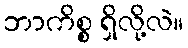
ဘာကိစ္စ ရှိလို့လဲ။